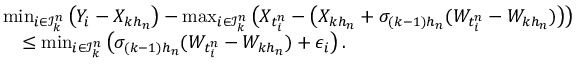
\begin{array} { r l } & { \operatorname* { m i n } _ { i \in \mathcal { I } _ { k } ^ { n } } \big ( Y _ { i } - X _ { k h _ { n } } \big ) - \operatorname* { m a x } _ { i \in \mathcal { I } _ { k } ^ { n } } \big ( X _ { t _ { i } ^ { n } } - \big ( X _ { k h _ { n } } + \sigma _ { ( k - 1 ) h _ { n } } ( W _ { t _ { i } ^ { n } } - W _ { k h _ { n } } ) \big ) \big ) } \\ & { \quad \le \operatorname* { m i n } _ { i \in \mathcal { I } _ { k } ^ { n } } \big ( \sigma _ { ( k - 1 ) h _ { n } } ( W _ { t _ { i } ^ { n } } - W _ { k h _ { n } } ) + \epsilon _ { i } \big ) \, . } \end{array}